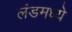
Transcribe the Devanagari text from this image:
लंडमध्ये